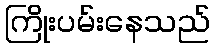
ကြိုးပမ်းနေသည်